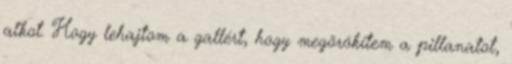
alkot. Hogy lehajtom a gallért, hogy megörökítem a pillanatot,